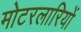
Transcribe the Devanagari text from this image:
मोटरलारियों